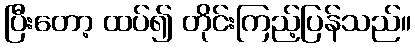
ပြီးတော့ ထပ်၍ တိုင်းကြည့်ပြန်သည်။